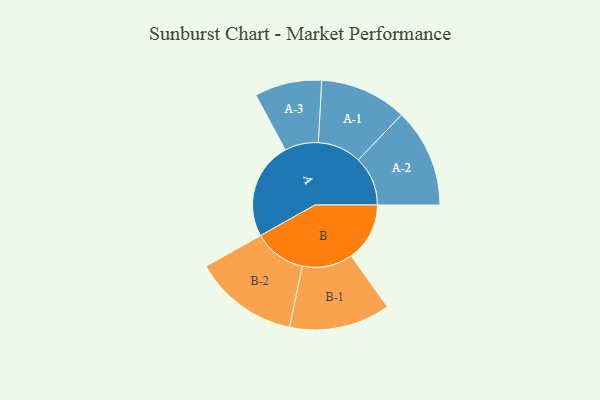
{"axis": {"x": "Segment", "y": "Value"}, "legend": ["", "A", "B"], "data": [{"x": "A", "y": 467, "type": ""}, {"x": "B", "y": 280, "type": ""}, {"x": "A-1", "y": 209, "type": "A"}, {"x": "A-2", "y": 237, "type": "A"}, {"x": "A-3", "y": 161, "type": "A"}, {"x": "B-1", "y": 242, "type": "B"}, {"x": "B-2", "y": 251, "type": "B"}]}